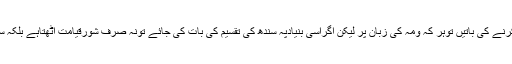
پنجاب کوحصّوں بخروں میں تقسیم کرنے کی باتیں توہر کہ ومہ کی زبان پر لیکن اگراُسی بنیادپہ سندھ کی تقسیم کی بات کی جائے تونہ صرف شورِقیامت اُٹھتاہے بلکہ سندھی مرنے مارنے پراُتر آتے ہیں ۔